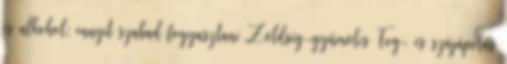
és alkohol: ennyit szabad fogyasztani Zöldség-gyümölcs Fog- és szájápolás